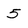
Character: 5